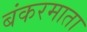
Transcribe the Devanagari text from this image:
बंकरमाता